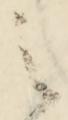
之